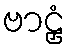
ဗာဠှံ